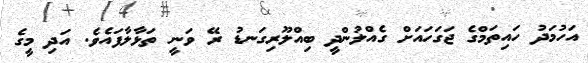
އަހުމަދު ހައިތަމްގެ ޖަގަހައަށް ގެއްލުންދީ ބިއްލޫރިގަނޑު ރޭ ވަނީ ތަޅާލާފައެވެ. އަދި މީގެ